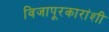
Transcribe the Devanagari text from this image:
विजापूरकारांशी